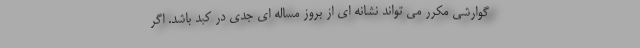
گوارشی مکرر می تواند نشانه ای از بروز مساله ای جدی در کبد باشد. اگر